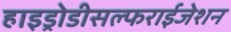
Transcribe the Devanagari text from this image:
हाइड्रोडीसल्फराईजेशन